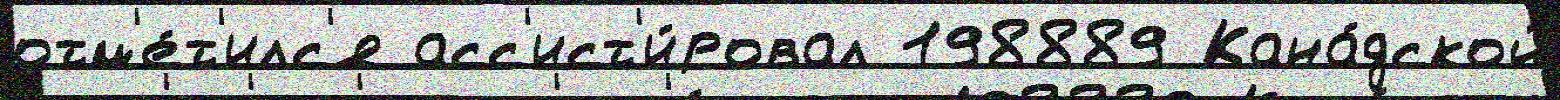
отм'е́т'илс'я асс'ист'и́ровал 198889 Кана́дской